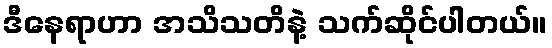
ဒီနေရာဟာ အသိသတိနဲ့ သက်ဆိုင်ပါတယ်။